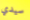
سيدي